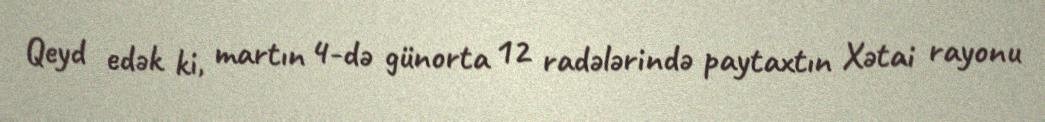
Qeyd edək ki, martın 4-də günorta 12 radələrində paytaxtın Xətai rayonu